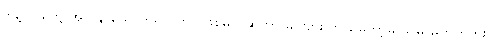
ဒါနဲ့ လူတွေ အလွန် သောက်ရင် ဘာ ဖြစ်မလဲဆိုတာ ခင်ဗျား ဘယ်တော့မှ သိမှာမဟုတ်ဘူး။